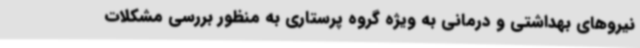
نیروهای بهداشتی و درمانی به ویژه گروه پرستاری به منظور بررسی مشکلات